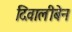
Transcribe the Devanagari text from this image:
दिवालीबेन